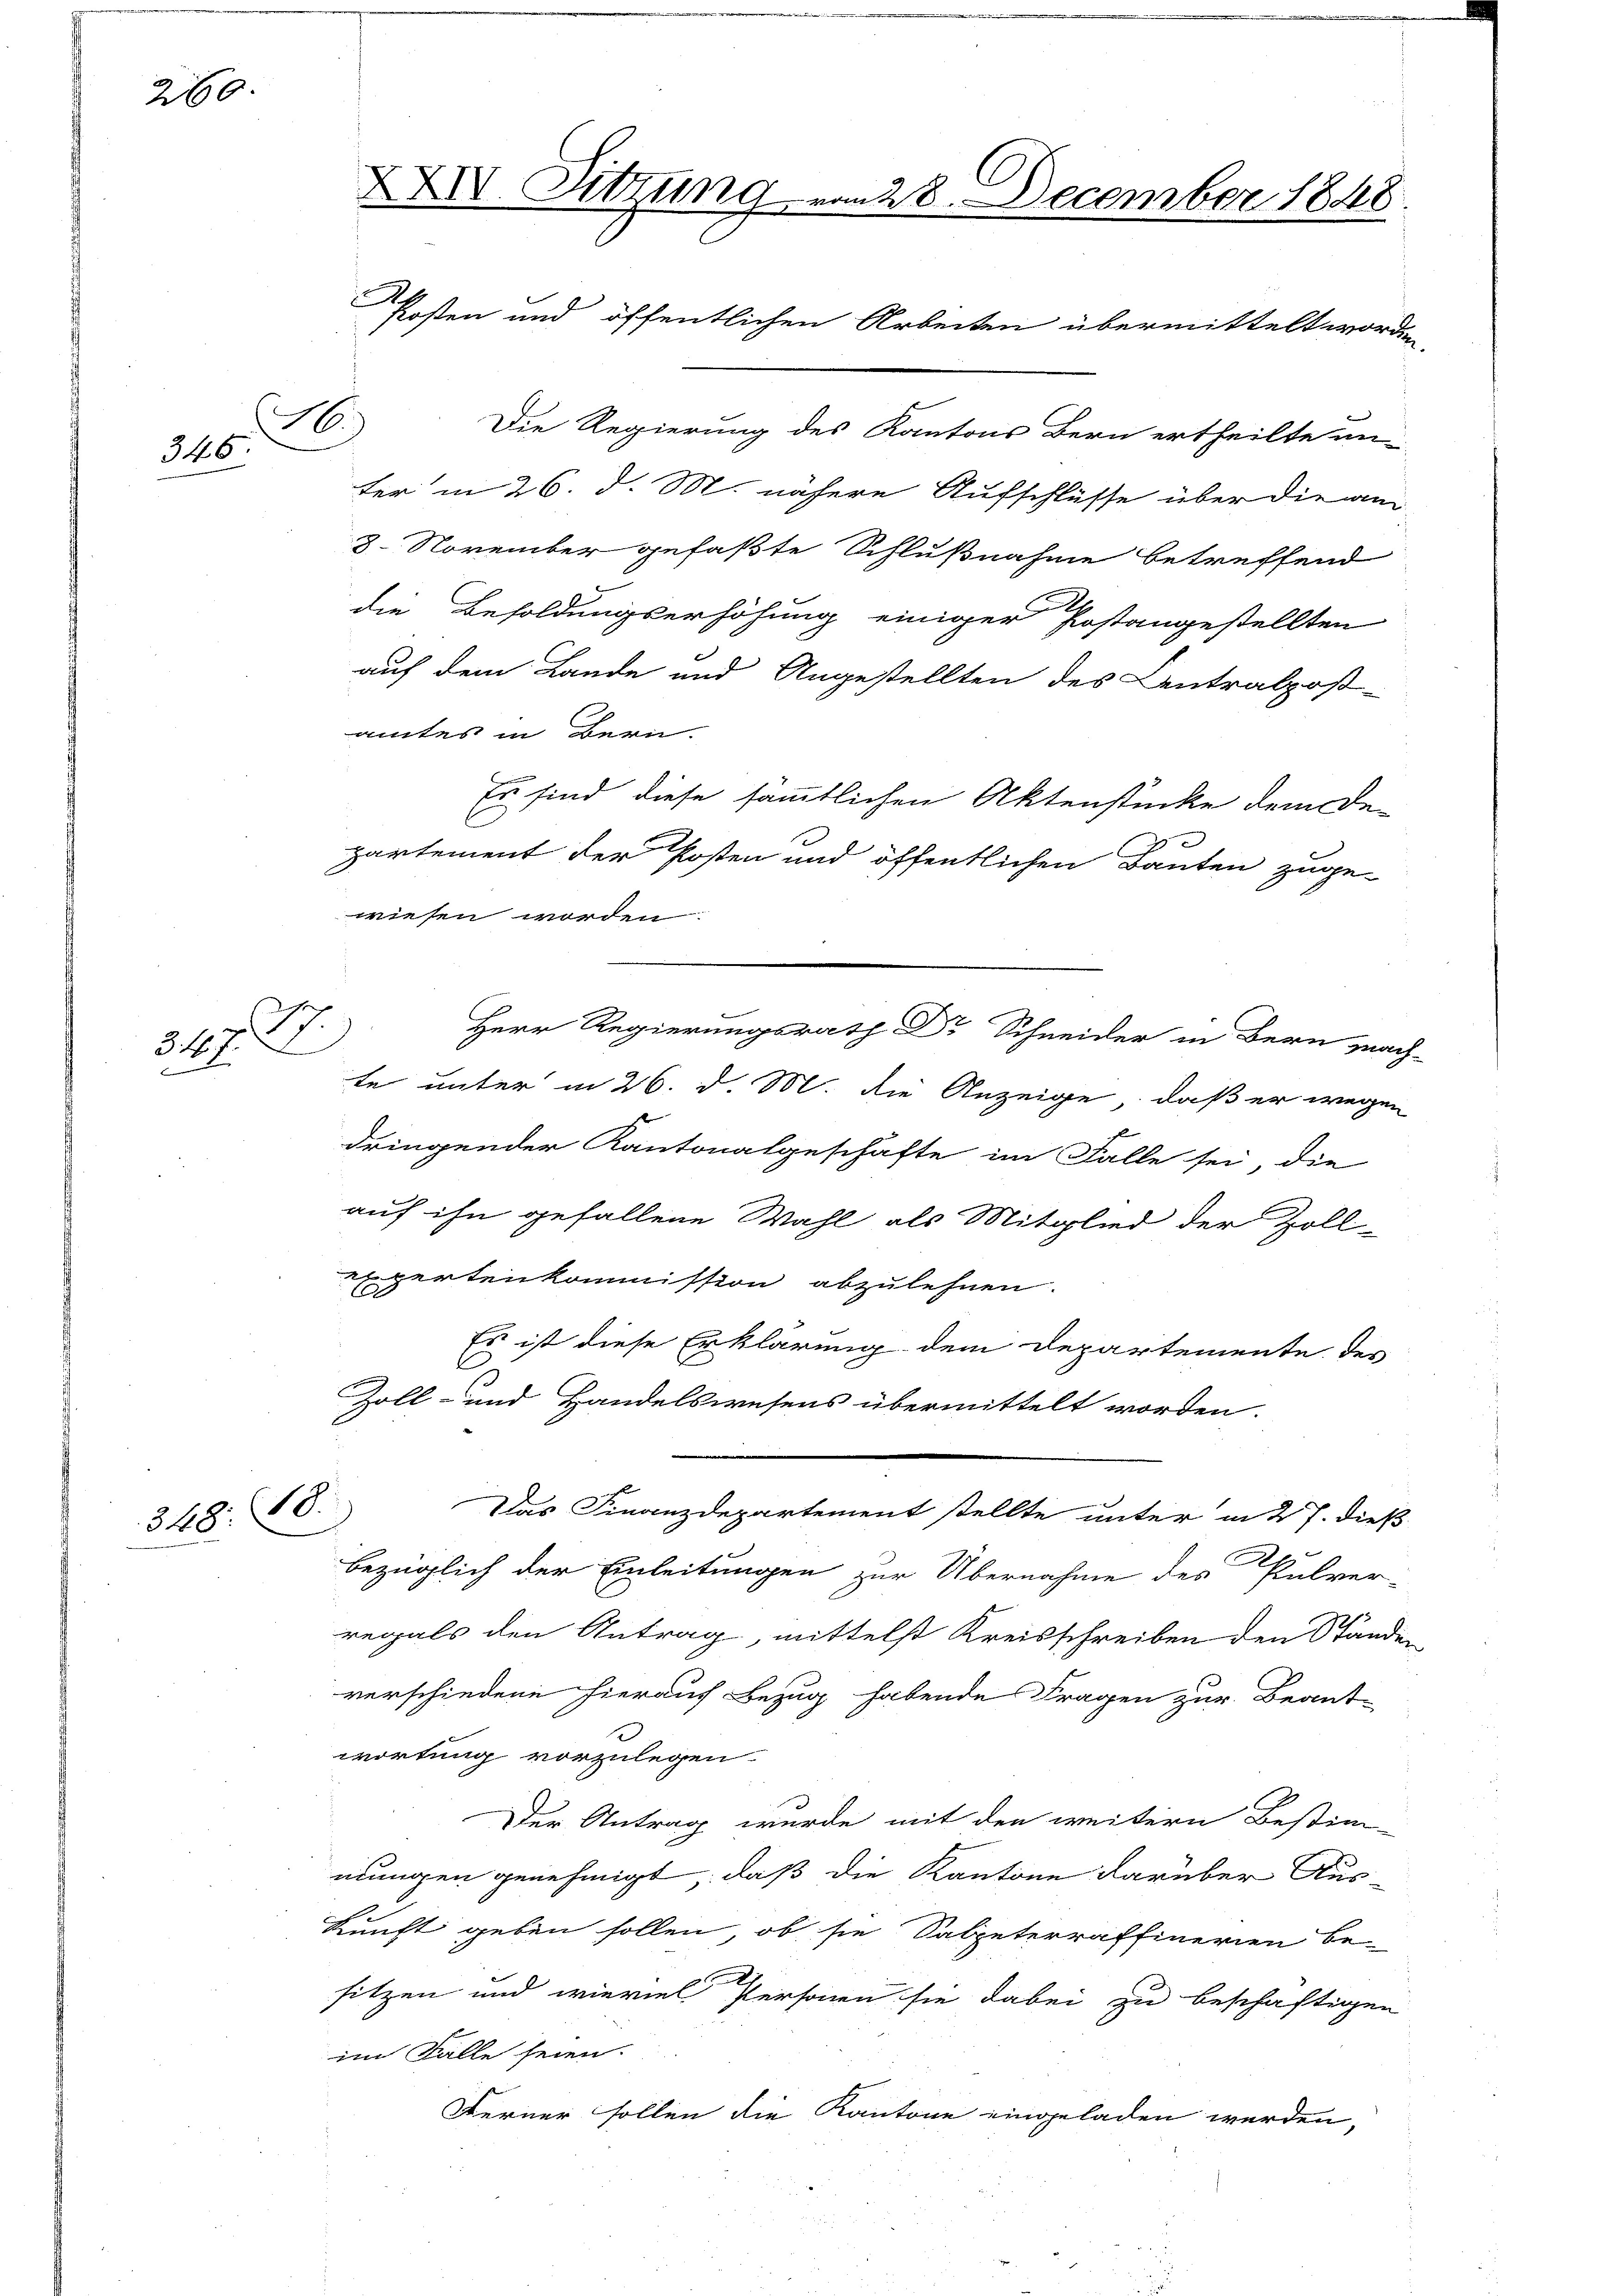
260.

.
346

e
3. d. 1. D
2

348. 18.

XXIV. Sitzung vom 28. December 1848.
A
kosten und öffentlichen Arbeiten übermittelt wor¬
Die Regierung des Kantons Bern ertheilte un
ter in 26. d. M. nähere Aufschlüsse über die am
8. November gefaßte Schlußnahme betreffend
die Besoldungserhöhung einiger Postangestellten
auf dem Lande und Angestellten des Centralpost-

amtes in Bern.
Es sind diese sämmtlichen Aktenstücke dem De-
partement der Posten und öffentlichen Bauten zuge-
wiesen worden:
te unter in 26. d. M. die Anzeige, daß er wegen
dringender Kantonalgeschäfte im Falle sei, die
auf ihn gefallene Wahl als Mitglied der Zoll-
gertenkommission abzulehnen.
Es ist diese Erklärung dem Departemente des
l
Zoll- und Handelswesens übermittelt worden.
Das Finanzdepartement stellte unter in 27. dieß
bezüglich der Einleitungen zur Übernahme des Palver-
regals den Antrag, mittelst Kreisschreiben den Standen
verschiedene hierauf Bezug habende Fragen zur Beant-
wortung vorzulegen.
Der Antrag wurde mit den weitern Bestim-
mungen genehmigt, daß die Kantone darüber Aus-
kunft geben sollen, ob sie Salpeterraffinerien be-
sitzen und wieviel Personen sie dabei zu beschäftigen
im Falle seien.
Ferner sollen die Kantone eingeladen werden,

Herr Regierungsrath Dr Schneider in Bern mach-